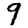
Digit: 9